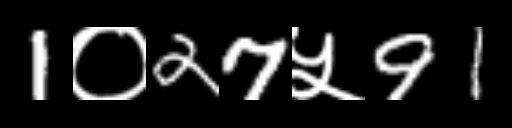
Text: 1०27५91